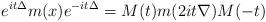
LaTeX: \begin{align*}e^{it\Delta} m(x) e^{-it\Delta} = M(t) m(2it\nabla) M(-t)\end{align*}